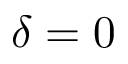
\delta = 0